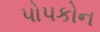
પોપકોન